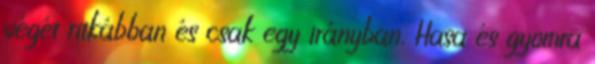
végét ritkábban és csak egy irányban. Hasa és gyomra